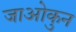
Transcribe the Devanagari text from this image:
जाओकुन